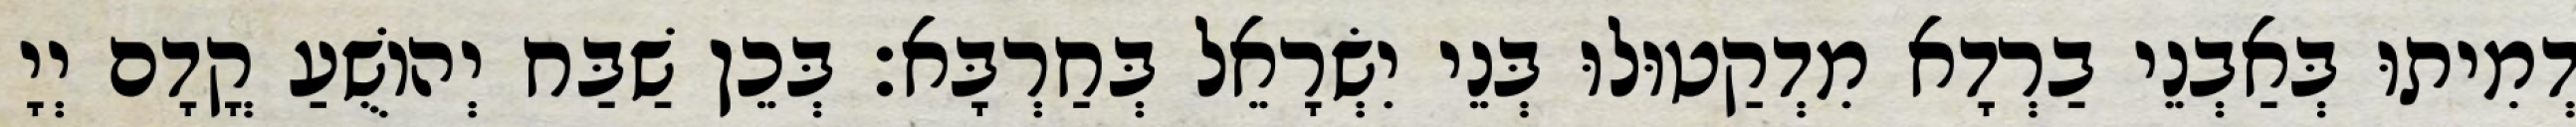
דְמִיתוּ בְּאַבְנֵי בַרְדָא מִדְקַטוּלוּ בְּנֵי יִשְׂרָאֵל בְּחַרְבָּא׃ בְּכֵן שַׁבַּח יְהוֹשֻׁעַ קֳדָם יְיָ